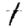
Digit: 1